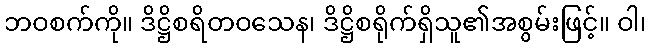
ဘဝစက်ကို။ ဒိဋ္ဌိစရိတဝသေန၊ ဒိဋ္ဌိစရိုက်ရှိသူ၏အစွမ်းဖြင့်။ ဝါ၊